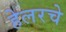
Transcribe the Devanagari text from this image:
हेलरचे